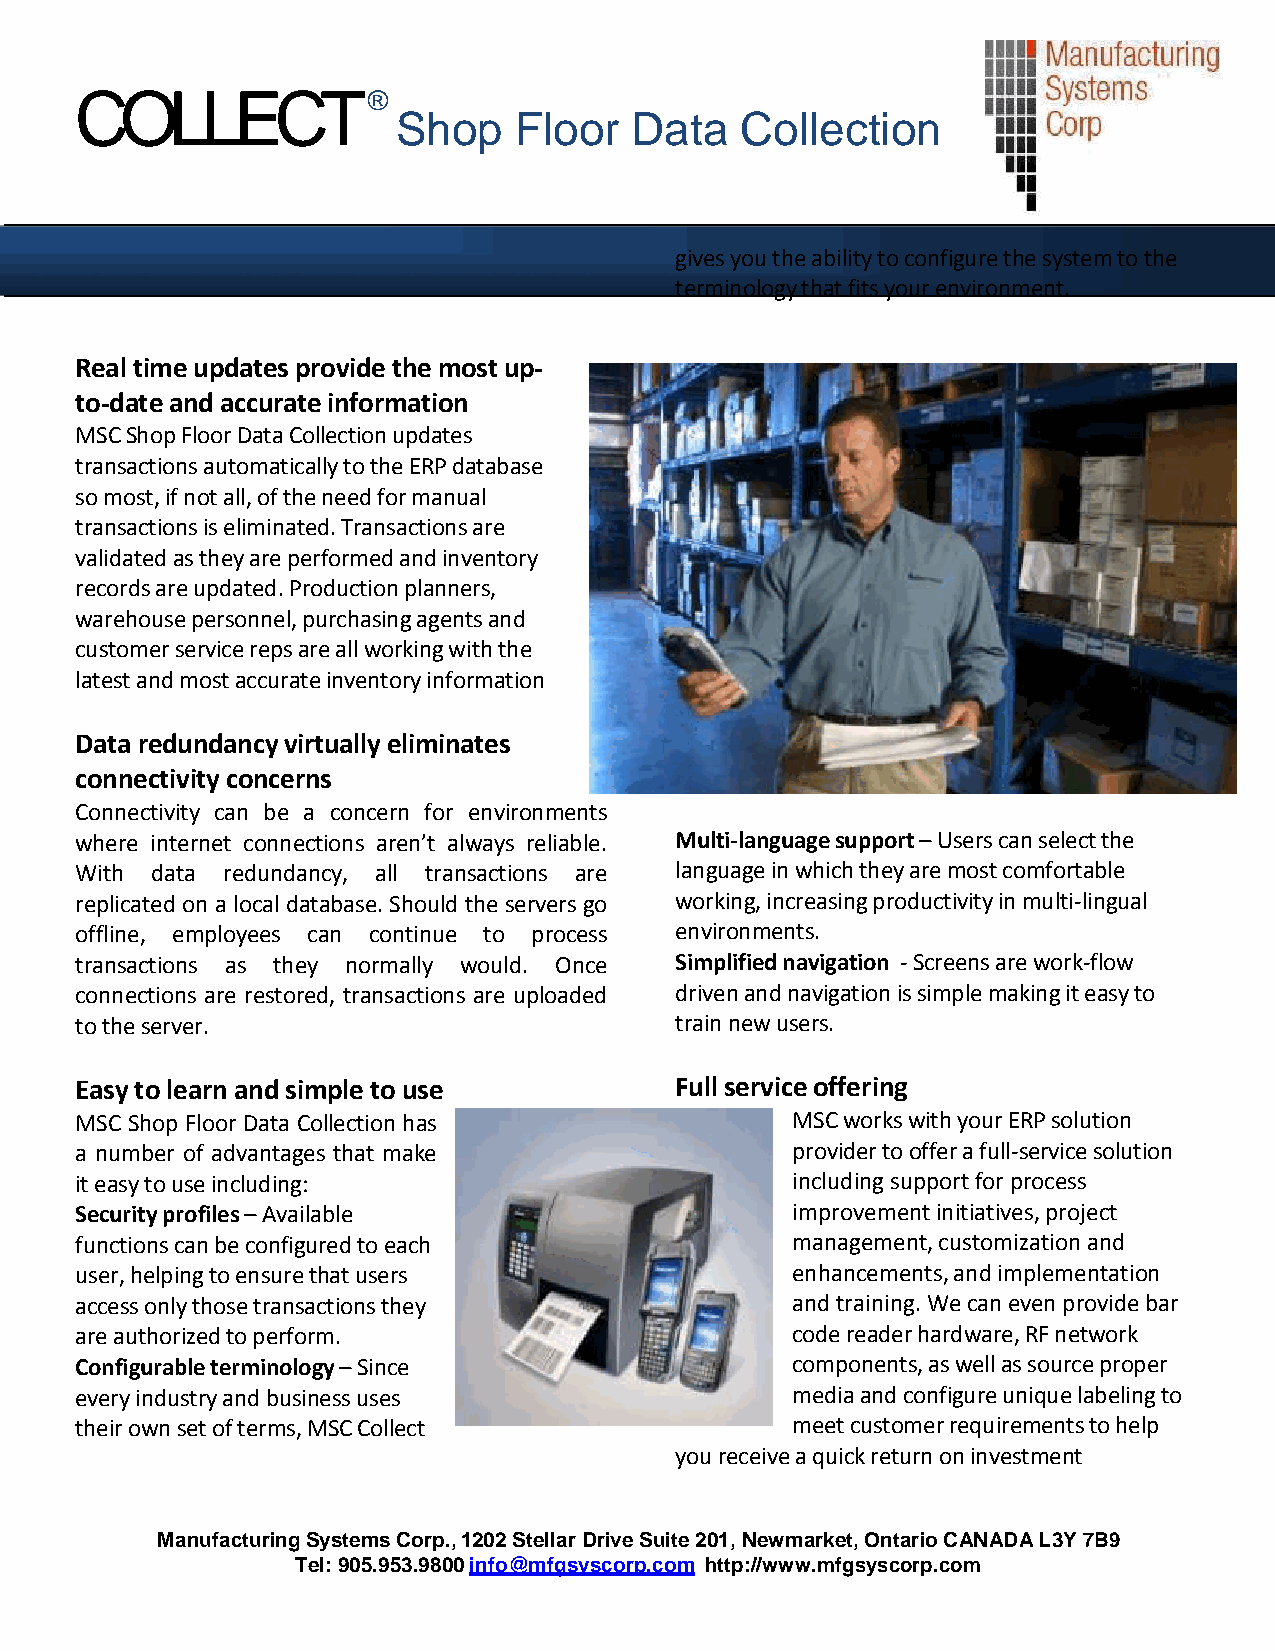
COLLECT®
 Shop    Floor   Data   Collection
 gives you the ability to configure the system to the
 terminology that fits your environment.
 Real time updates provide the most up-
 to-date and accurate information
 MSC Shop Floor Data Collection updates
 transactions automatically to the ERP database
 so most, if not all, of the need for manual
 transactions is eliminated. Transactions are
 validated as they are performed and inventory
 records are updated. Production planners,
 warehouse personnel, purchasing agents and
 customer service reps are all working with the
 latest and most accurate inventory information
 Data redundancy virtually eliminates
 connectivity concerns
 Connectivity can be a concern for environment s
 where internet connections aren’t always reliable. Multi-language support – Users can select the
 With data redundancy, all transactions are language in which they are most comfortable
 replicated on a local database. Should the servers go working, increasing productivity in multi-lingual
 offline, employees can continue to process environments.
 transactions as they normally would. Once Simplified navigation - Screens are work-flow
 connections are restored, transactions are uploaded driven and navigation is simple making it easy to
 to the server.                          train new users.
 Easy to learn and simple to use         Full service offering
 MSC Shop Floor Data Collection has             MSC works with your ERP solution
 a number of advantages that make               provider to offer a full-service solution
 it easy to use including:                      including support for process
 Security profiles – Available                  improvement initiatives, project
 functions can be configured to each            management, customization and
 user, helping to ensure that users             enhancements, and implementation
 access only those transactions they            and training. We can even provide bar
 are authorized to perform.                     code reader hardware, RF network
 Configurable terminology – Since               components, as well as source proper
 every industry and business uses               media and configure unique labeling to
 their own set of terms, MSC Collect            meet customer requirements to help
 you receive a quick return on investment
 Manufacturing Systems Corp., 1202 Stellar Drive Suite 201, Newmarket, Ontario CANADA L3Y 7B9
 Tel: 905.953.9800 info@mfgsyscorp.com http://www.mfgsyscorp.com